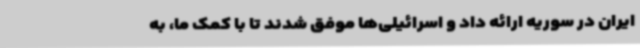
ایران در سوریه ارائه داد و اسرائیلی‌ها موفق شدند تا با کمک ما، به